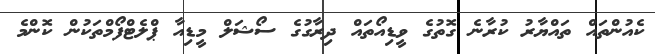
ކެއުންތައް ތައްޔާރު ކުރާނެ ގޮތުގެ ވީޑިއޯތައް ދިރާގުގެ ސޯޝަލް މީޑިއާ ޕްލެޓްފޯމްތަކުން ކޮންމެ